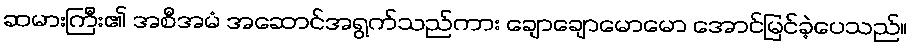
ဆမားကြီး၏ အစီအမံ အဆောင်အရွက်သည်ကား ချောချောမောမော အောင်မြင်ခဲ့ပေသည်။